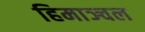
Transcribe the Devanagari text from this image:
हिमाञ्चल